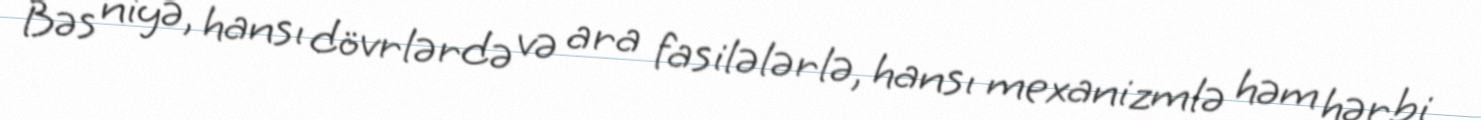
Bəs niyə, hansı dövrlərdə və ara fasilələrlə, hansı mexanizmlə həm hərbi